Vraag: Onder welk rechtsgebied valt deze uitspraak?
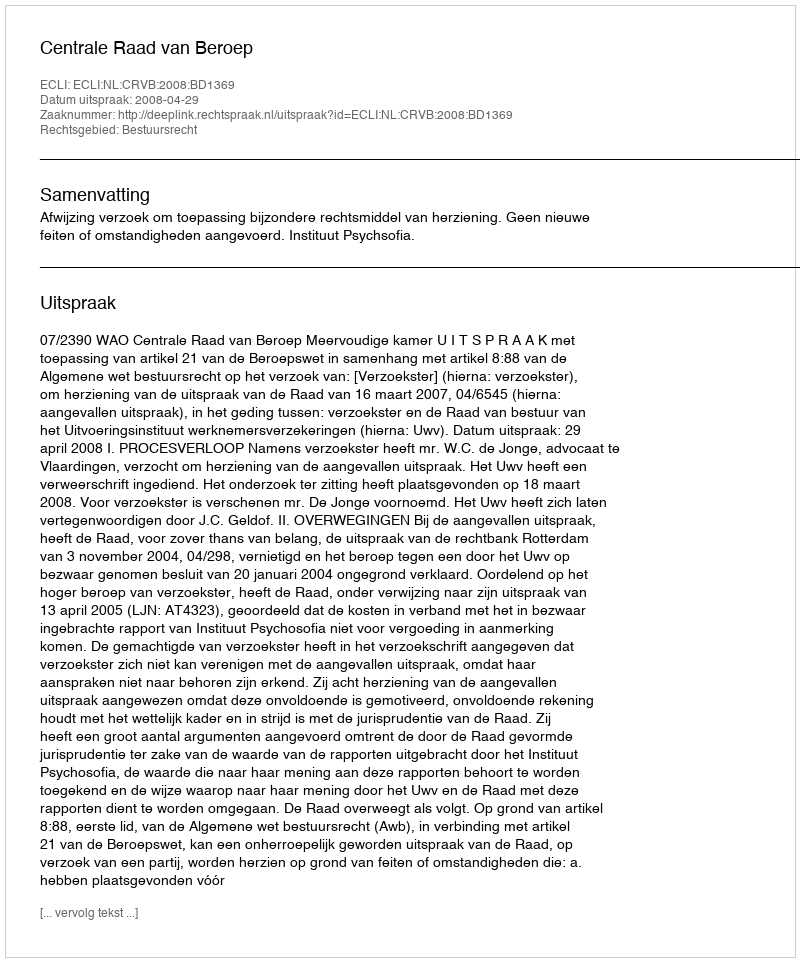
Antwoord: Bestuursrecht